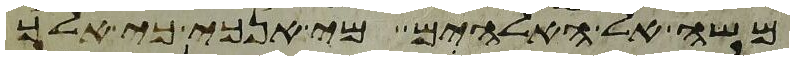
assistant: משה אל האלהים מי אנכי כי אלך